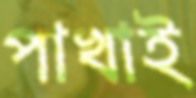
পাখাই